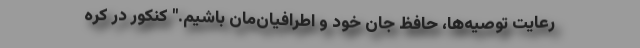
رعایت توصیه‌ها، حافظ جان خود و اطرافیان‌مان باشیم." کنکور در کره